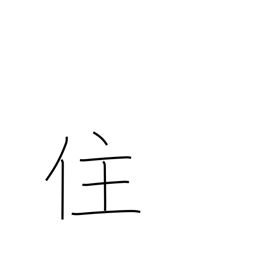
Meaning: live